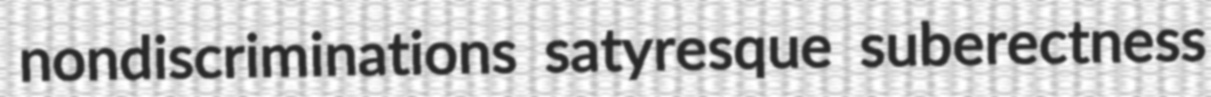
nondiscriminations satyresque suberectness